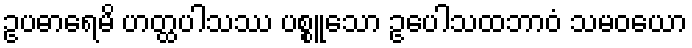
ဥပဓာရေမိ ဟတ္ထပါသဿ ပစ္စူသော ဥပေါသထဘာဝံ သမဝယော